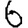
Digit: 6